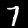
Label: 7